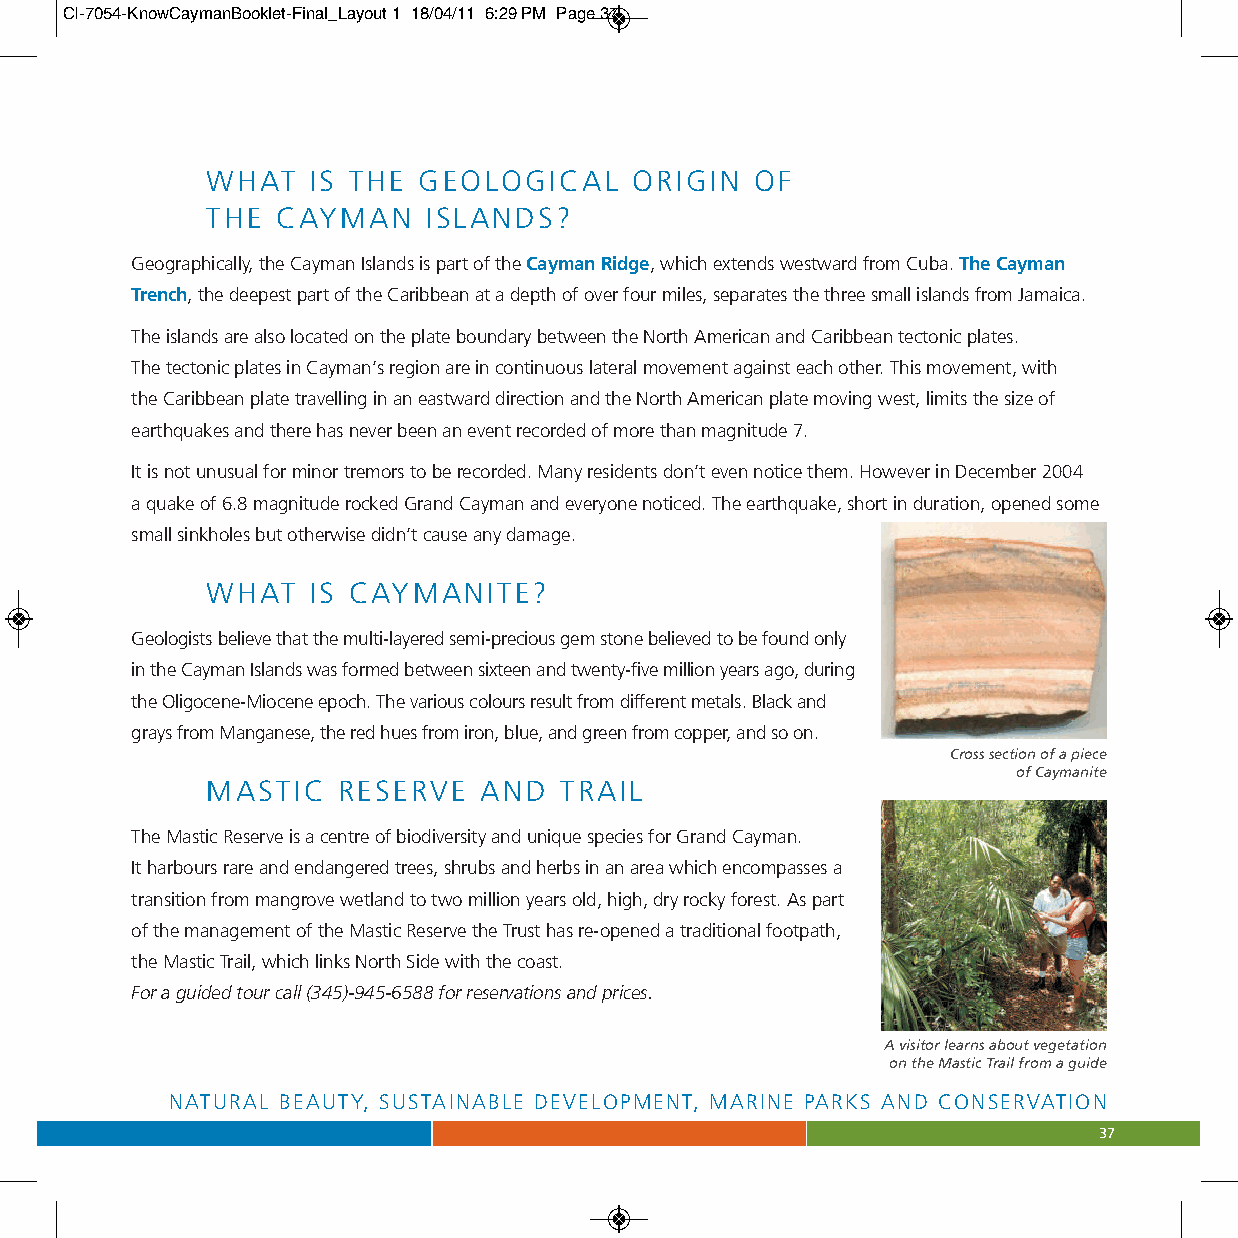
CI-7054-KnowCaymanBooklet-Final_Layout 1 18/04/11 6:29 PM Page 37
 WHAT  IS THE  GEOLOGICAL    ORIGIN  OF
 THE CAYMAN    ISLANDS?
 Geographically, the Cayman Islands is part of the Cayman Ridge, which extends westward from Cuba. The Cayman
 Trench, the deepest part of the Caribbean at a depth of over four miles, separates the three small islands from Jamaica.
 The islands are also located on the plate boundary between the North American and Caribbean tectonic plates.
 The tectonic plates in Cayman’s region are in continuous lateral movement against each other. This movement, with
 the Caribbean plate travelling in an eastward direction and the North American plate moving west, limits the size of
 earthquakes and there has never been an event recorded of more than magnitude 7.
 It is not unusual for minor tremors to be recorded. Many residents don’t even notice them. However in December 2004
 a quake of 6.8 magnitude rocked Grand Cayman and everyone noticed. The earthquake, short in duration, opened some
 small sinkholes but otherwise didn’t cause any damage.
 WHAT  IS CAYMANITE?
 Geologists believe that the multi-layered semi-precious gem stone believed to be found only
 in the Cayman Islands was formed between sixteen and twenty-five million years ago, during
 the Oligocene-Miocene epoch. The various colours result from different metals. Black and
 grays from Manganese, the red hues from iron, blue, and green from copper, and so on.
 Cross section of a piece
 of Caymanite
 MASTIC  RESERVE   AND  TRAIL
 The Mastic Reserve is a centre of biodiversity and unique species for Grand Cayman.
 It harbours rare and endangered trees, shrubs and herbs in an area which encompasses a
 transition from mangrove wetland to two million years old, high, dry rocky forest. As part
 of the management of the Mastic Reserve the Trust has re-opened a traditional footpath,
 the Mastic Trail, which links North Side with the coast.
 For a guided tour call (345)-945-6588 for reservations and prices.
 A visitor learns about vegetation
 on the Mastic Trail from a guide
 NATURAL BEAUTY, SUSTAINABLE DEVELOPMENT, MARINE PARKS AND CONSERVATION
 37